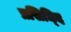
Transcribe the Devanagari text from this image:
प्रसिध्दि